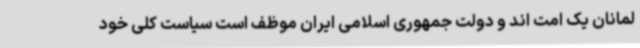
لمانان یک امت اند و دولت جمهوری اسلامی ایران موظف است سیاست کلی خود